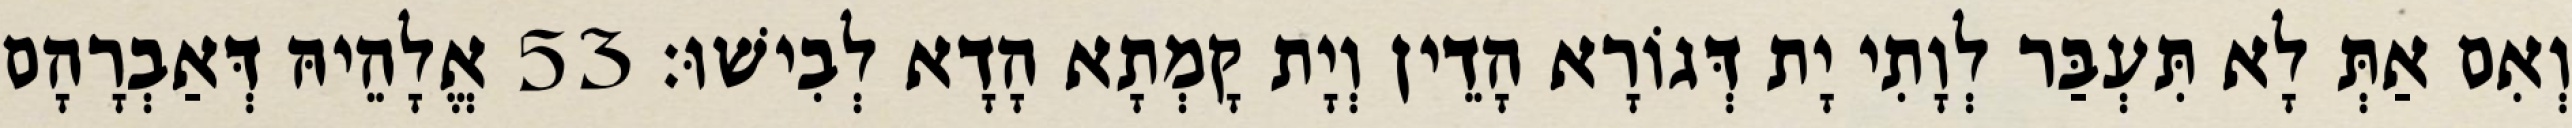
וְאִם אַתְּ לָא תִּעְבַּר לְוָתִי יָת דְּגוֹרָא הָדֵין וְיָת קָמְתָא הָדָא לְבִישׁוּ׃ 53 אֱלָהֵיהּ דְּאַבְרָהָם